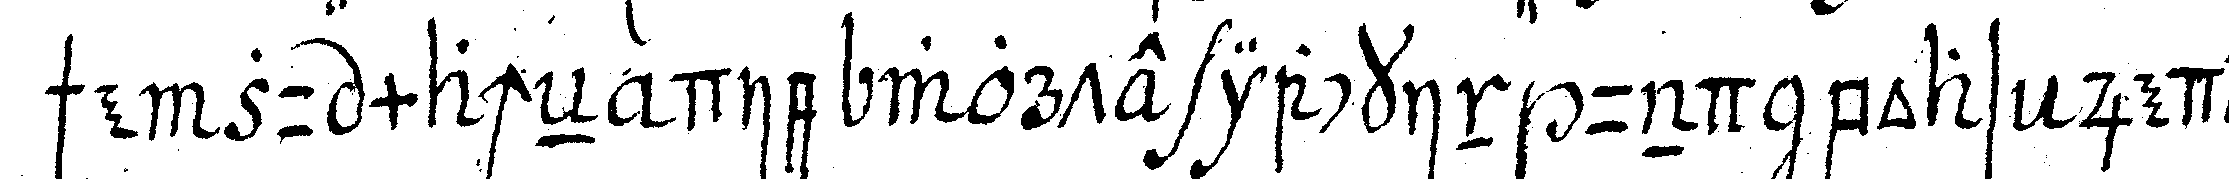
sche zu macheN die worte iackin und boas jedes